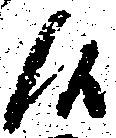
候